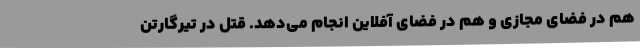
هم در فضای مجازی و هم در فضای آفلاین انجام می‌دهد. قتل در تیرگارتن